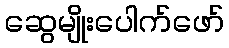
ဆွေမျိုးပေါက်ဖော်